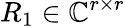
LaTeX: R_{1}\in\mathbb{C}^{r\times r}